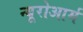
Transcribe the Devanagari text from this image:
न्यूरोआर्म